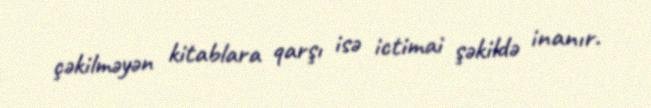
çəkilməyən kitablara qarşı isə ictimai şəkildə inanır.